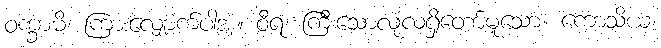
ဝက္ခာမိ၊ ကြားလျှောက်ပါအံ့။ ဝီရ၊ ကြီးသောလုံ့လရှိတော်မူသော။ ကောသိယ၊